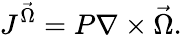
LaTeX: J^{\vec{\Omega}}=P\nabla\times\vec{\Omega}.